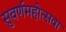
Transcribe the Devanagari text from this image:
सुवर्णमहोत्सवा